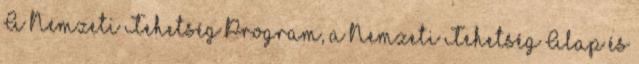
A Nemzeti Tehetség Program, a Nemzeti Tehetség Alap és